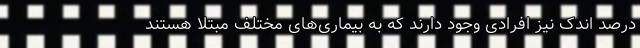
درصد اندک نیز افرادی وجود دارند که به بیماری‌های مختلف مبتلا هستند